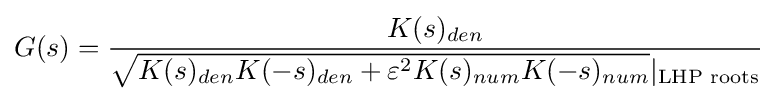
G(s)={\frac {K(s)_{den}}{{\sqrt {K(s)_{den}K(-s)_{den}+\varepsilon ^{2}K(s)_{num}K(-s)_{num}}}|_{\text{LHP roots}}}}